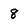
Character: 8